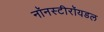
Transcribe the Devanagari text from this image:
नॉनस्टीरॉयडल